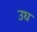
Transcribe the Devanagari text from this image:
उघ